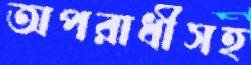
অপরাধীসহ